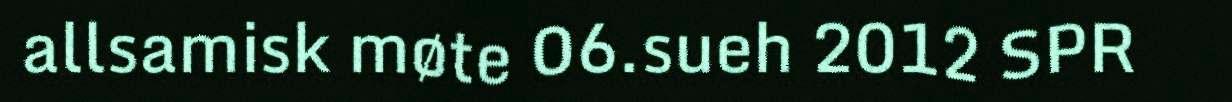
allsamisk møte 06.sueh 2012 SPR